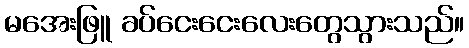
မအေးဖြူ ခပ်ငေးငေးလေးတွေသွားသည်။